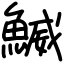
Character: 鰄